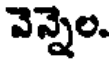
వెన్నెల.